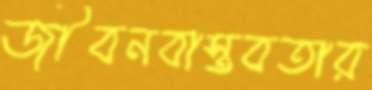
জীবনবাস্তবতার